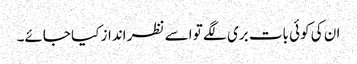
ان کی کوئی بات بری لگے تو اسے نظر انداز کیا جائے۔